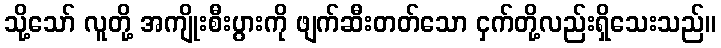
သို့သော် လူတို့ အကျိုးစီးပွားကို ဖျက်ဆီးတတ်သော ငှက်တို့လည်းရှိသေးသည်။